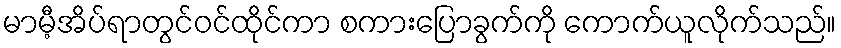
မာမီ့အိပ်ရာတွင်ဝင်ထိုင်ကာ စကားပြောခွက်ကို ကောက်ယူလိုက်သည်။